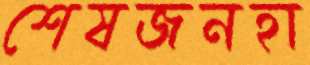
শেষজনহা